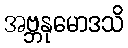
အဗ္ဘနုမောဒသိ